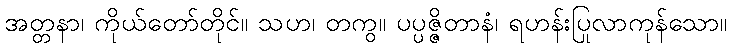
အတ္တနာ၊ ကိုယ်တော်တိုင်။ သဟ၊ တကွ။ ပပ္ပဇ္ဇိတာနံ၊ ရဟန်းပြုလာကုန်သော။